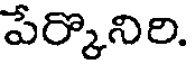
పేర్కొనిరి.